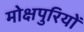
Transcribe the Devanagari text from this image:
मोक्षपुरियों